Report on the working of the Ranchi Indian Mental Hospital, Kanke, in Bihar and Orissa - 1930-1940
Year: 1930
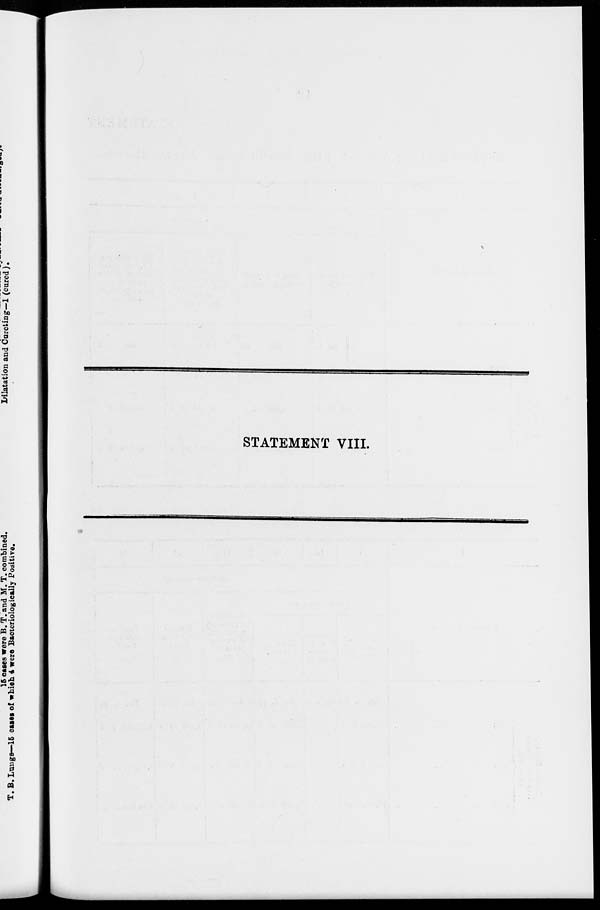
STATEMENT VIII.